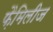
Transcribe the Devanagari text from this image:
फ़ैमिलीज